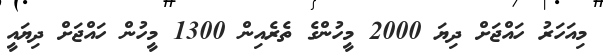
މިއަހަރު ހައްޖަށް ދިޔަ 2000 މީހުންގެ ތެރެއިން 1300 މީހުން ހައްޖަށް ދިޔައީ